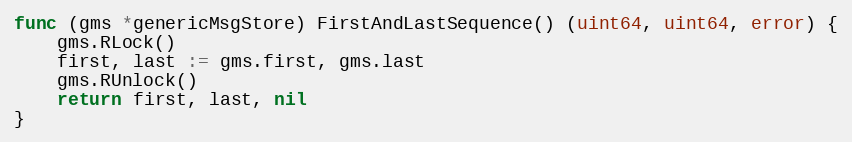
Language: Go
func (gms *genericMsgStore) FirstAndLastSequence() (uint64, uint64, error) {
	gms.RLock()
	first, last := gms.first, gms.last
	gms.RUnlock()
	return first, last, nil
}